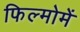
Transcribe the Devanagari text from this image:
फिल्मोमें